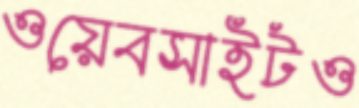
ওয়েবসাইটও